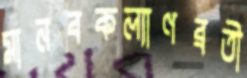
মানবকল্যাণব্রতী